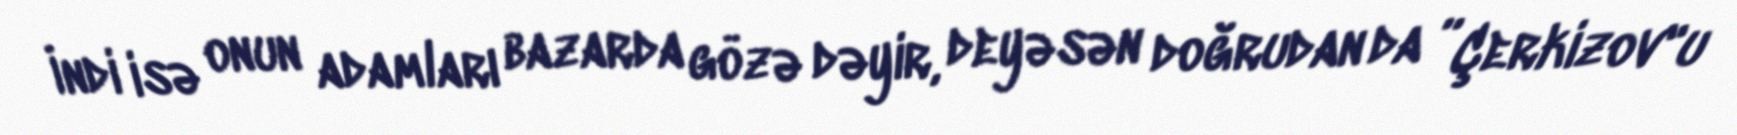
İndi isə onun adamları bazarda gözə dəyir, deyəsən doğrudan da ”Çerkizov"u